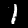
Label: 1